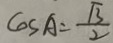
\cos A = \frac { \sqrt { 3 } } { 2 }